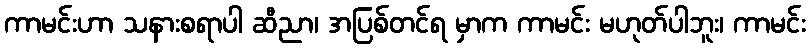
ကာမင်းဟာ သနားစရာပါ ဆီညာ၊ အပြစ်တင်ရ မှာက ကာမင်း မဟုတ်ပါဘူး၊ ကာမင်း